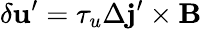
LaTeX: \delta{\mathbf{u}}^{\prime}=\tau_{u}\Delta{\mathbf{j}}^{\prime}\times{\mathbf{B}}